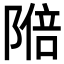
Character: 𬯑